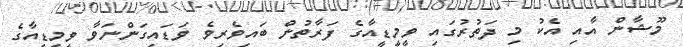
މޫޝާން އާއި އެކު މި ދަތުރުގައި ވީމީޑީއާގެ ފަރާތުން ބައިވެރިވެ ވަޑައިގަންނަވާ ވީމީޑީއާގެ